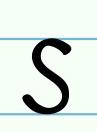
s